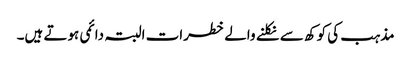
مذہب کی کوکھ سے نکلنے والے خطرات البتہ دائمی ہوتے ہیں۔